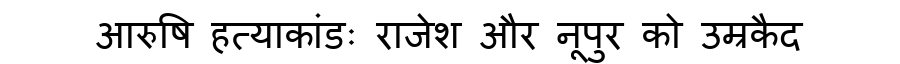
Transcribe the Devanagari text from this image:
आरुषि हत्याकांडः राजेश और नूपुर को उम्रकैद